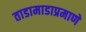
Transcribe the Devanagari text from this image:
ताडामाडाप्रमाणे